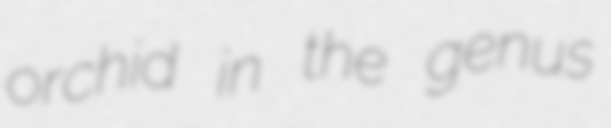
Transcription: orchid in the genus